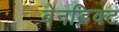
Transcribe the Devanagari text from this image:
बेनडिक्ट